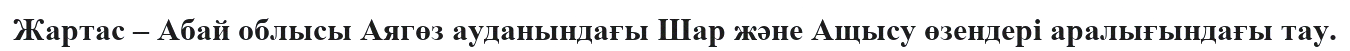
Жартас – Абай облысы Аягөз ауданындағы Шар және Ащысу өзендері аралығындағы тау.